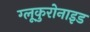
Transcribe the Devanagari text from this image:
ग्लूकुरोनाइड